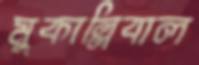
মুকাল্লিবাল